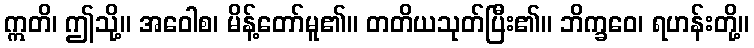
ဣတိ၊ ဤသို့။ အဝေါစ၊ မိန့်တော်မူ၏။ တတိယသုတ်ပြီး၏။ ဘိက္ခဝေ၊ ရဟန်းတို့။